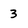
Character: 3